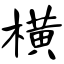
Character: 横